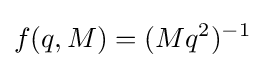
f(q,M)=(Mq^{2})^{-1}